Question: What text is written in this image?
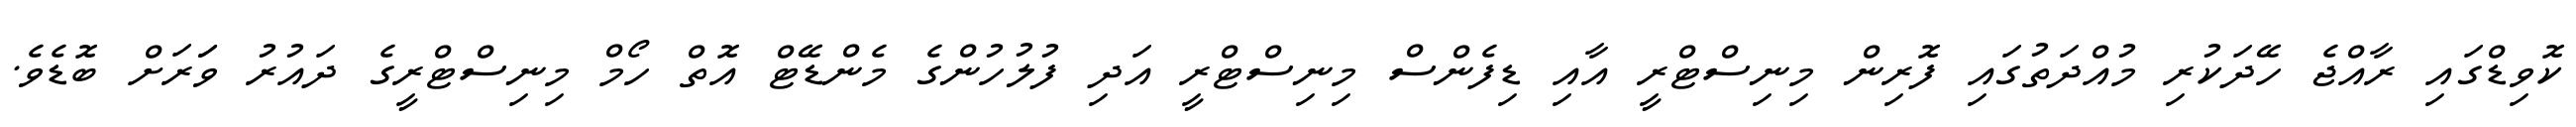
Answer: ކޮވިޑްގައި ރާއްޖެ ހޭދަކުރި މުއްދަތުގައި ފޮރިން މިނިސްޓްރީ އާއި ޑިފެންސް މިނިސްޓްރީ އަދި ފުލުހުންގެ މެންޑޭޓް އޮތް ހޯމް މިނިސްޓްރީގެ ދައުރު ވަަރަށް ބޮޑެވެ.